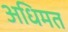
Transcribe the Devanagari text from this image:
अधिमत